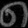
Digit: ၈